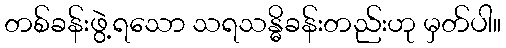
တစ်ခန်းဖွဲ့ရသော သရသန္ဓိခန်းတည်းဟု မှတ်ပါ။